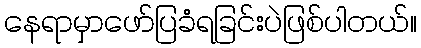
နေရာမှာဖော်ပြခံရခြင်းပဲဖြစ်ပါတယ်။